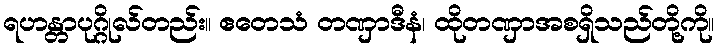
ရဟန္တာပုဂ္ဂိုလ်တည်း။ ဧတေသံ တဏှာဒီနံ၊ ထိုတဏှာအစရှိသည်တို့ကို။